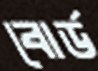
বোর্ড